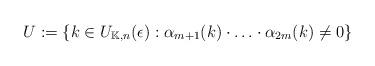
LaTeX: \begin{align*}U:=\{ k\in U_{\mathbb{K},n}(\epsilon ): \alpha _{m+1}(k)\cdot \ldots \cdot \alpha _{2m}(k) \neq 0\}\end{align*}